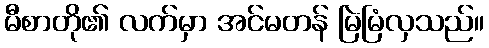
မီစာတို၏ လက်မှာ အင်မတန် မြဲမြံလှသည်။